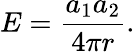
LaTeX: E={\frac{a_{1}a_{2}}{4\pi r}}.